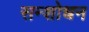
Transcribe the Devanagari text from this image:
सन्शोधन